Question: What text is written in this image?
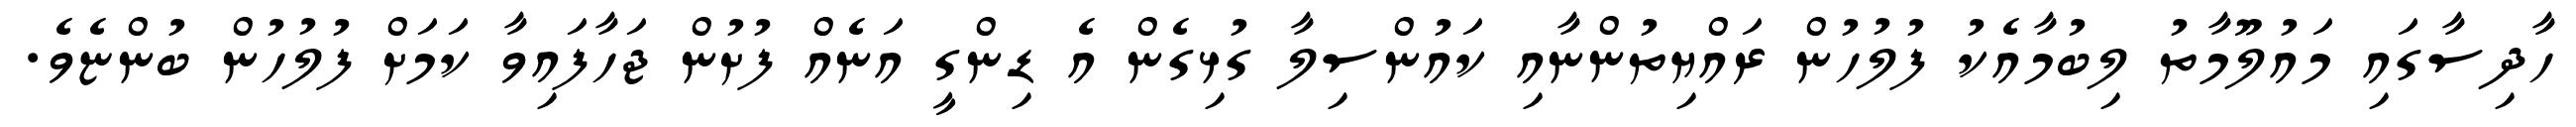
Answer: ހާދިސާގައި މައުލޫމާތު ލިބުމާއެކު ފުލުހުން ރައްޔިތުންނާއި ކައުންސިލާ ގުޅިގެން އެ ޑިންގީ އަނެއް ފުށުން ޖަހާފައިވާ ކަމަށް ފުލުހުން ބުންޏެވެ.